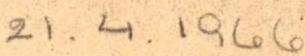
21.4.1966